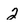
Character: 2